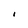
Character: i